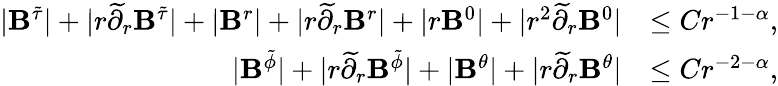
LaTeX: \begin{array}{rl}{|{\mathbf B}^{\tilde{\tau}}|+|r\widetilde{\partial}_{r}{\mathbf B}^{\tilde{\tau}}|+|{\mathbf B}^{r}|+|r\widetilde{\partial}_{r}{\mathbf B}^{r}|+|r{\mathbf B}^{0}|+|r^{2}\widetilde{\partial}_{r}{\mathbf B}^{0}|}&{\leq Cr^{-1-\alpha},}\\ {|{\mathbf B}^{\tilde{\phi}}|+|r\widetilde{\partial}_{r}{\mathbf B}^{\tilde{\phi}}|+|{\mathbf B}^{\theta}|+|r\widetilde{\partial}_{r}{\mathbf B}^{\theta}|}&{\leq Cr^{-2-\alpha},}\end{array}